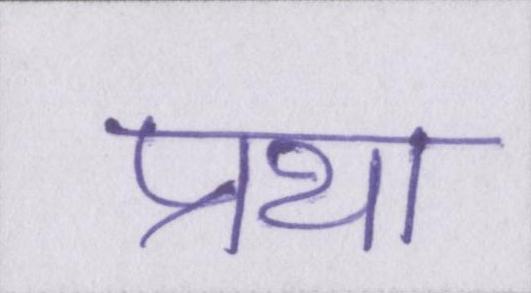
प्रथा